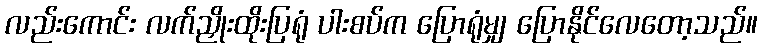
လည်းကောင်း လက်ညှိုးထိုးပြရုံ ပါးစပ်က ပြောရုံမျှ ပြောနိုင်လေတော့သည်။